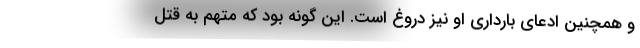
و همچنین ادعای بارداری او نیز دروغ است. این گونه بود که متهم به قتل